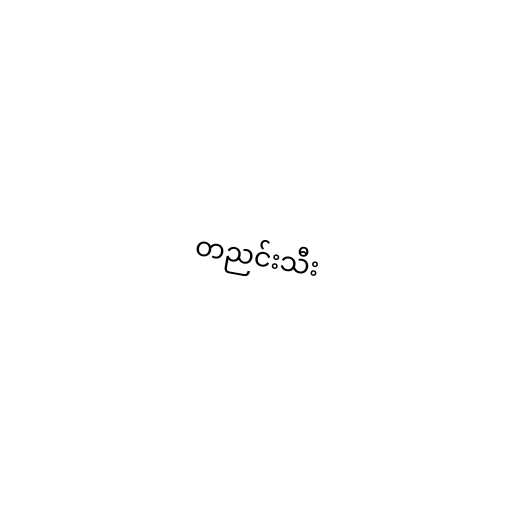
တညင်းသီး